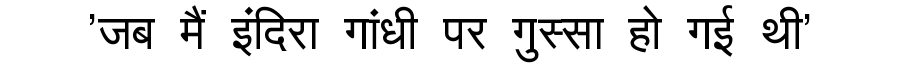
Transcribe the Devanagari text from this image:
'जब मैं इंदिरा गांधी पर गुस्सा हो गई थी'